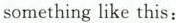
something like this;